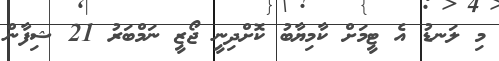
މި ލަނޑު އެ ޓީމަށް ކާމިޔާބު ކޮށްދިނީ ޖޯޒީ ނަމްބަރު 21 ޝިފާން